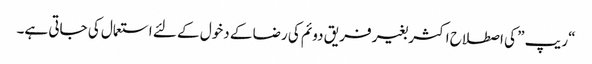
“ریپ ” کی اصطلاح اکثر بغیر فریق دوئم کی رضا کے دخول کے لئے استعمال کی جاتی ہے۔